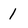
Character: 1